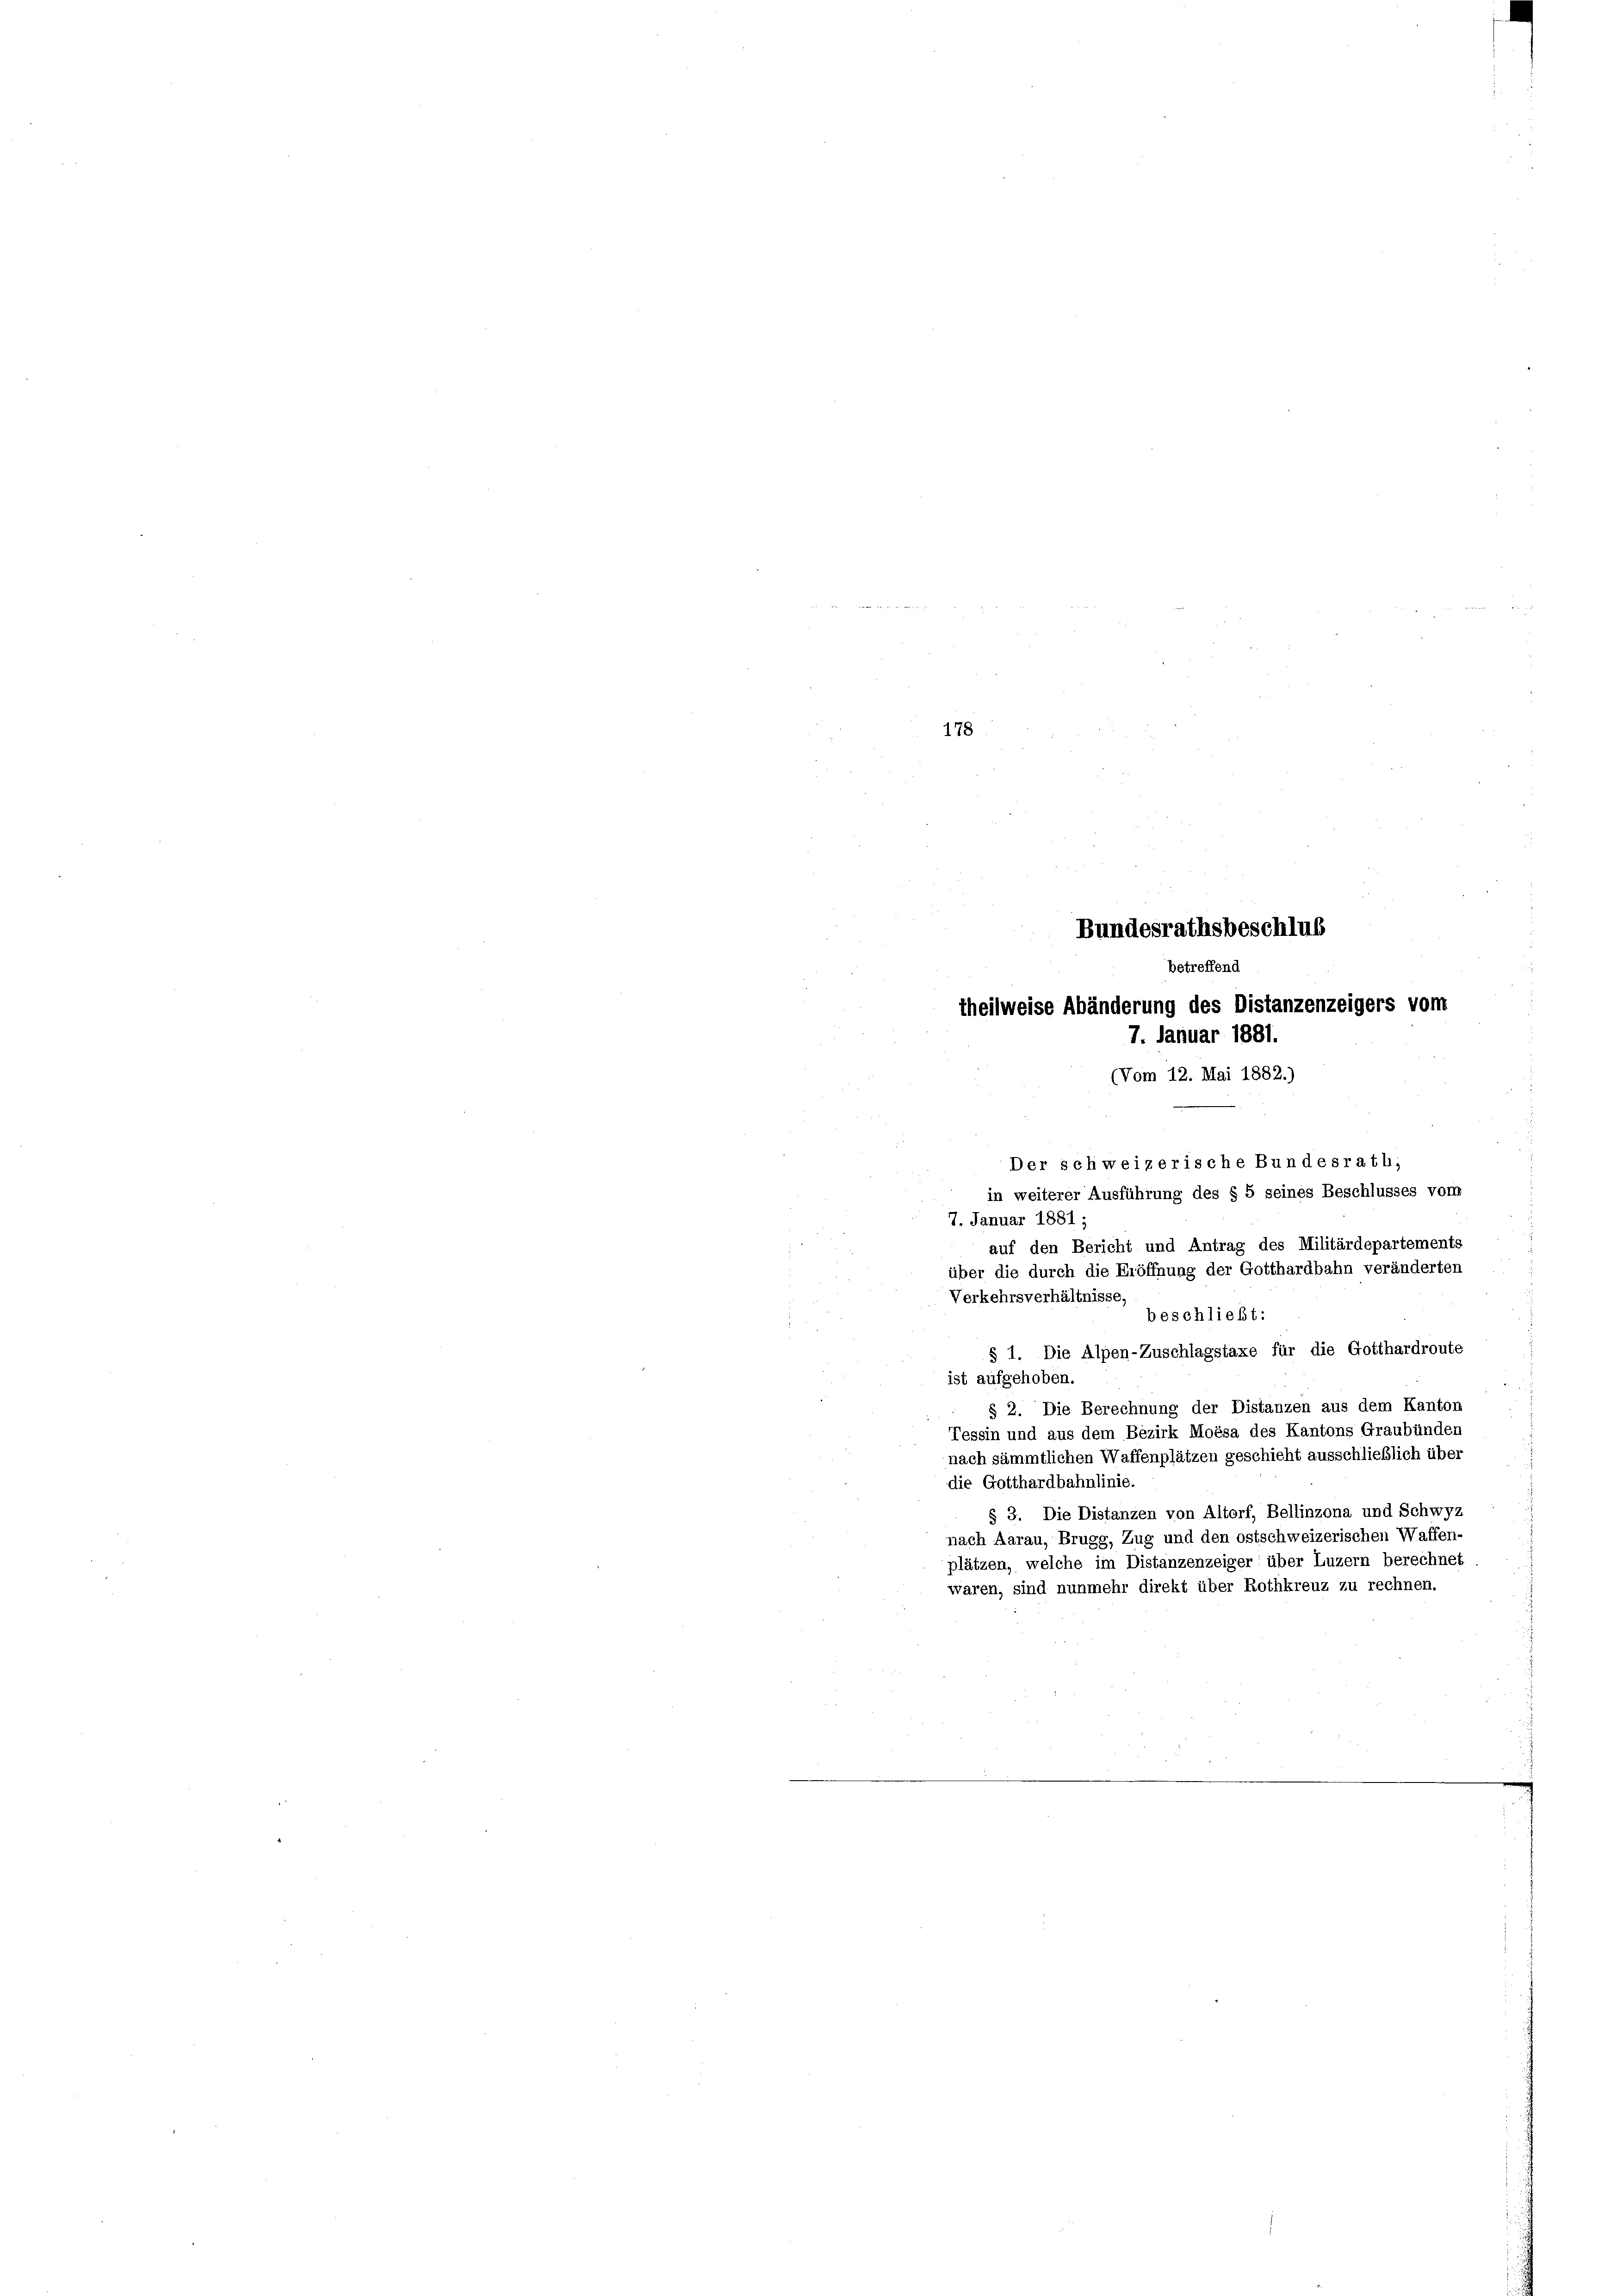
178

Bundesrathsbeschluß
betreffend
theilweise Abänderung des Distanzenzeigers vom
7. Januar 1881.

(Vom 12. Mai 1882.)
7. Januar 1881;
auf den Bericht und Antrag des Militärdepartements
über die durch die Eröffnung der Gotthardbahn veränderten
Verkehrsverhältnisse,
beschließt:
§ 1. Die Alpen-Zuschlagstaxe für die Gotthardroute
ist aufgehoben.
§ 2. Die Berechnung der Distanzen aus dem Kanton
Tessin und aus dem Bezirk Moésa des Kantons Graubünden
nach sämmtlichen Waffenplätzen geschieht ausschließlich über
die Gotthardbahnlinie.
§ 3. Die Distanzen von Altorf, Bellinzona und Schwyz
nach Aarau, Brugg, Zug und den ostschweizerischen Waffen-
plätzen, welche im Distanzenzeiger über Luzern berechnet
waren, sind nunmehr direkt über Rothkreuz zu rechnen.

Der schweizerische Bundesrath;
in weiterer Ausführung des § 5 seines Beschlusses von